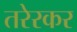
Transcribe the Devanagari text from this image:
तरेरकर